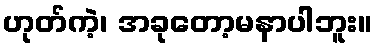
ဟုတ်ကဲ့၊ အခုတော့မနာပါဘူး။